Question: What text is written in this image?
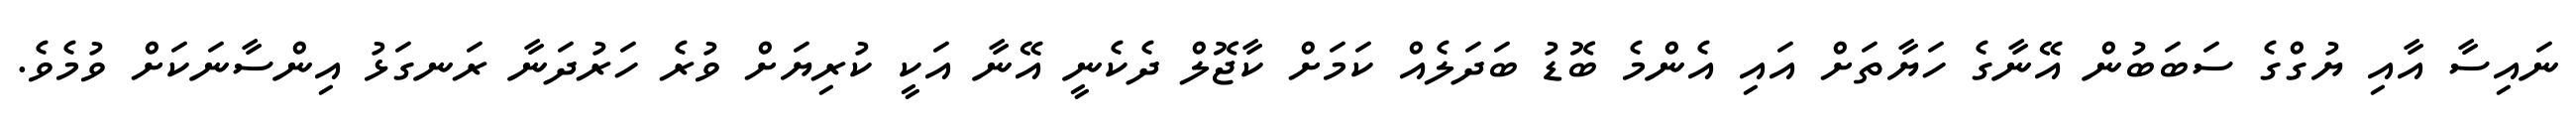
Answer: ނައިސާ އާއި ޔުގްގެ ސަބަބުން އޭނާގެ ހަޔާތަށް އައި އެންމެ ބޮޑު ބަދަލެއް ކަމަށް ކާޖޮލް ދެކެނީ އޭނާ އަކީ ކުރިޔަށް ވުރެ ހަރުދަނާ ރަނގަޅު އިންސާނަކަށް ވުމެވެ.